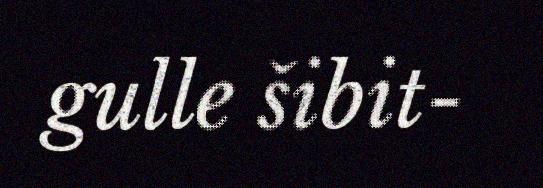
gulle šibit-